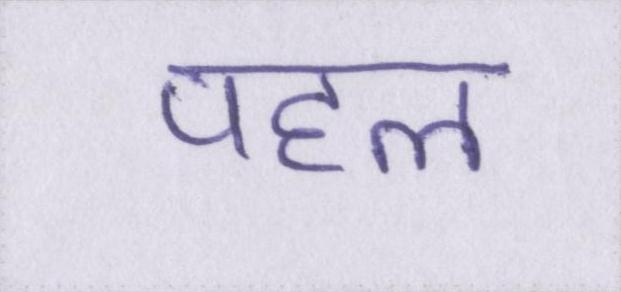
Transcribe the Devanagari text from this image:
पहल